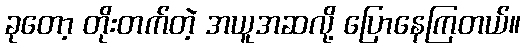
ခုတော့ တိုးတက်တဲ့ အယူအဆလို့ ပြောနေကြတယ်။